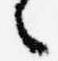
々